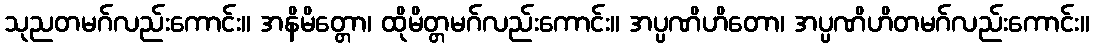
သုညတမဂ်လည်းကောင်း။ အနိမိတ္တော၊ ထိုမိတ္တမဂ်လည်းကောင်း။ အပ္ပဏိဟိတော၊ အပ္ပဏိဟိတမဂ်လည်းကောင်း။